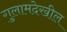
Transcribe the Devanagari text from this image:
गुलामदेखील